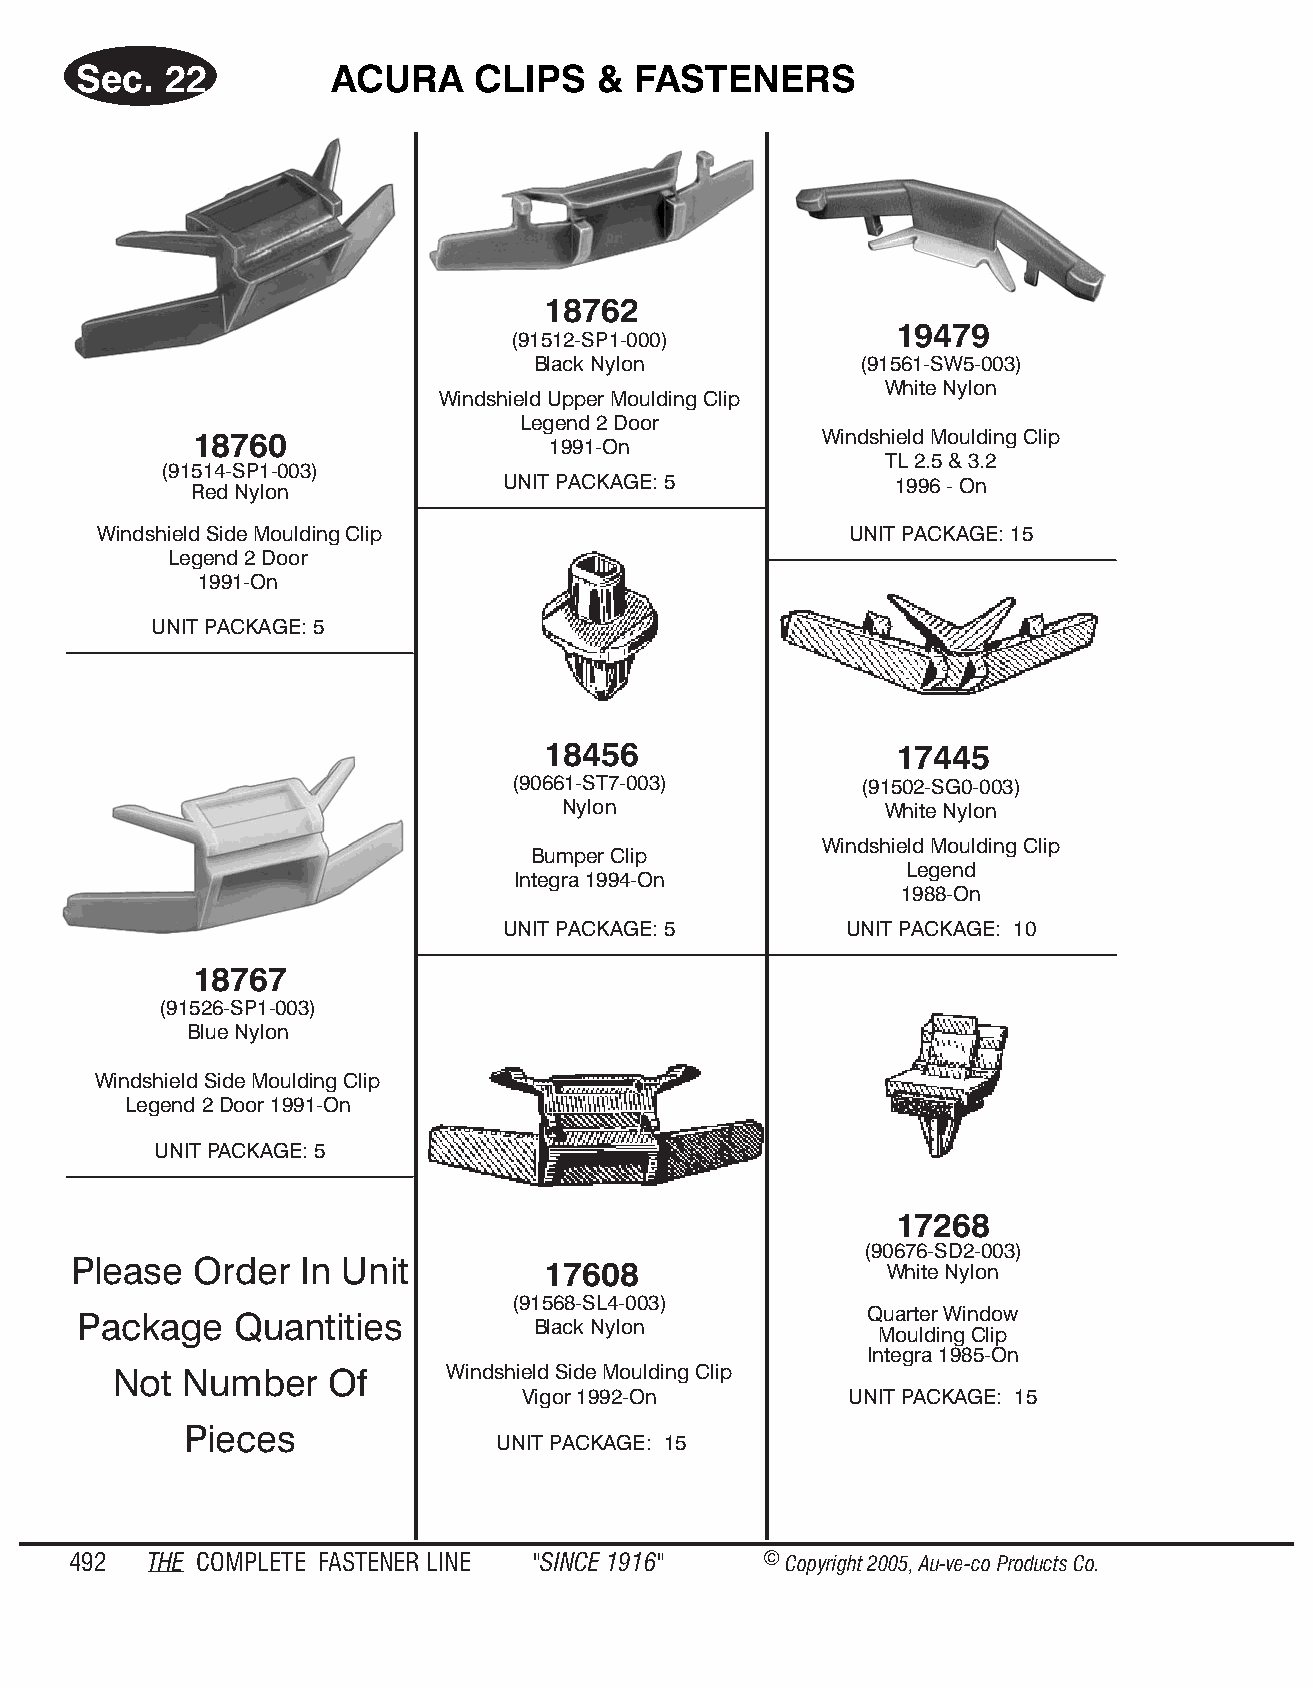
Sec.  22         ACURA     CLIPS   & FAS  TENE  RS
 18762
 19479
 (91512-SP1-000)
 Black Nylon          (91561-SW5-003)
 White Nylon
 Windshield Upper Moulding Clip
 Legend 2 Door
 18760                                     Windshield Moulding Clip
 1991-On
 TL 2.5 & 3.2
 (91514-SP1-003)
 UNIT PACKAGE: 5          1996 - On
 Red Nyl on
 Winds hield Side Mould ing Clip                  UNIT PACKAGE: 15
 Legend 2 Door
 1991-On
 UNIT PACKAGE: 5
 18456                   17445
 (90661-ST7-003)        (91502-SG0-003)
 Nylon                 White Nylon
 Windshield Moulding Clip
 Bumper Clip
 Legend
 Integra 1994-On
 1988-On
 UNIT PACKAGE: 5       UNIT PACKAGE: 10
 18767
 (91526-SP1-003)
 Blue Nylon
 Windshield Side Moulding Clip
 Legend 2 Door 1991-On
 UNIT PACK AGE: 5
 17268
 (90676-SD2-003)
 Please  Order  In Unit         17608                  White Nyl on
 (91568-SL4-003)
 Quar ter Win dow
 Package    Quantities
 Black Nylon
 Mould ing Clip
 Integra 1985-On
 Not Number    Of      Windshield Side Moulding Clip
 Vigor 1992-On        UNIT PACK AGE: 15
 Pieces
 UNIT PACKAGE: 15
 492  THE COM PLETE FAST ENER LINE "SINCE 1916" © Copyr ight 2005, Au-ve-co Produ cts Co.